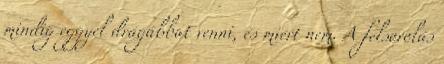
mindig eggyel drágábbat venni, és miért nem. A felsorolás